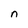
Character: n